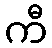
ကီ